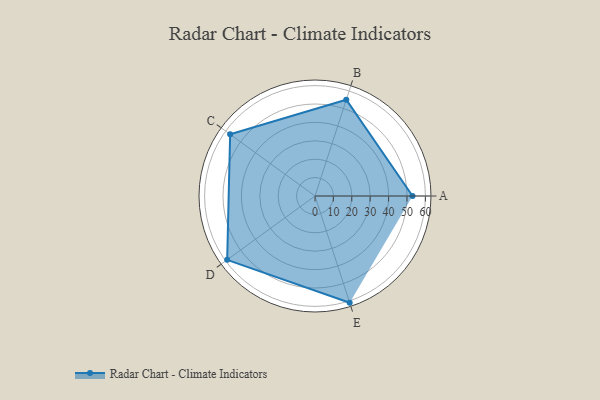
{"axis": {"x": "Skill", "y": "Score"}, "legend": ["Profile"], "data": [{"x": "A", "y": 53.0, "type": "Profile"}, {"x": "B", "y": 55.0, "type": "Profile"}, {"x": "C", "y": 57.0, "type": "Profile"}, {"x": "D", "y": 59.0, "type": "Profile"}, {"x": "E", "y": 61.0, "type": "Profile"}]}